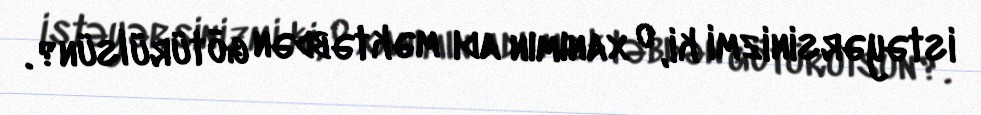
istəyərsinizmi ki, o xanımın adı məktəbdən götürülsün?.